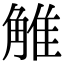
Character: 𧣽